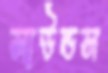
সাউন্ডস